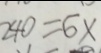
2 4 0 = 6 x